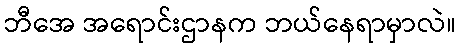
ဘီအေ အရောင်းဌာနက ဘယ်နေရာမှာလဲ။